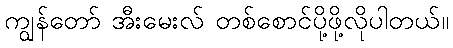
ကျွန်တော် အီးမေးလ် တစ်စောင်ပို့ဖို့လိုပါတယ်။